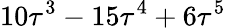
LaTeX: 10\tau^{3}-15\tau^{4}+6\tau^{5}